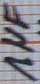
Text: 1µF